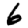
Digit: 6